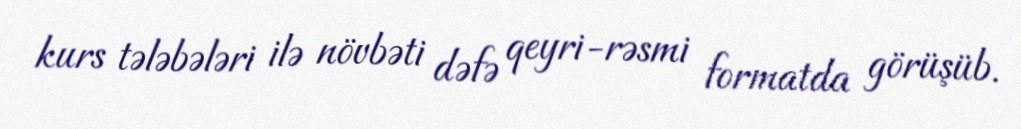
kurs tələbələri ilə növbəti dəfə qeyri-rəsmi formatda görüşüb.